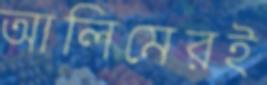
আলিমেরই